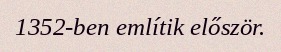
1352-ben említik először.